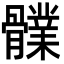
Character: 𩪤